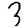
Digit: 3